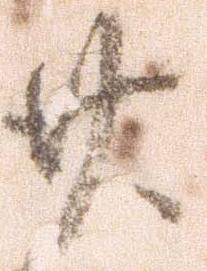
廿